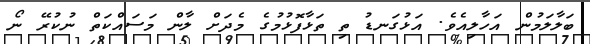
ބަލާލަމުން އަހާލިއެވެ. އަޅުގަނޑު ތި ތަޅާފޮޅުމުގެ މެދަށް ލާން މަސައްކަތް ނުކުރޭ ނޯ